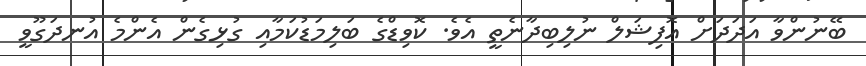
ބޭނުންވާ އަދަދަށް އޮފިޝަލް ނުލިބިދާނެތީ އެވެ. ކޮވިޑްގެ ބަލިމަޑުކަމާއި ގުޅިގެން އެންމެ އުނދަގޫވީ